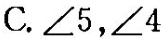
C.∠5，∠4